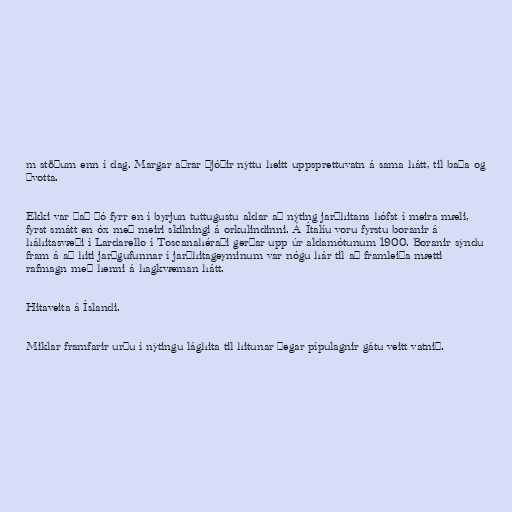
m stöðum enn í dag. Margar aðrar þjóðir nýttu heitt uppsprettuvatn á sama hátt, til baða og
þvotta.

Ekki var það þó fyrr en í byrjun tuttugustu aldar að nýting jarðhitans hófst í meira mæli,
fyrst smátt en óx með meiri skilningi á orkulindinni. Á Ítalíu voru fyrstu boranir á
háhitasvæði í Lardarello í Toscanahéraði gerðar upp úr aldamótunum 1900. Boranir sýndu
fram á að hiti jarðgufunnar í jarðhitageyminum var nógu hár til að framleiða mætti
rafmagn með henni á hagkvæman hátt.

Hitaveita á Íslandi.

Miklar framfarir urðu í nýtingu lághita til hitunar þegar pípulagnir gátu veitt vatnið.